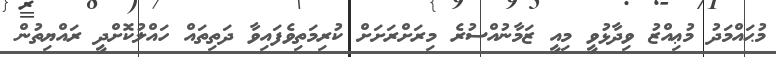
މުޙައްމަދު މުޢިއްޒު ވިދާޅުވީ މިއީ ޒަމާނުއްސުރެ މިރަށްރަށަށް ކުރިމަތިވެފައިވާ ދަތިތައް ހައްލުކޮށްދީ ރައްޔިތުން